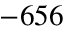
- 6 5 6